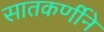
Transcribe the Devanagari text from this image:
सातकर्णीने